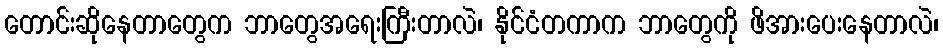
တောင်းဆိုနေတာတွေက ဘာတွေအရေးကြီးတာလဲ၊ နိုင်ငံတကာက ဘာတွေကို ဖိအားပေးနေတာလဲ၊